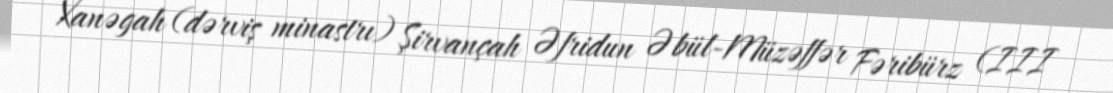
Xanəgah (dərviş minastrı) Şirvançah Əfridun Əbül-Müzəffər Fəribürz (III